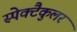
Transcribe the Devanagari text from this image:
स्पेक्टैकुलर